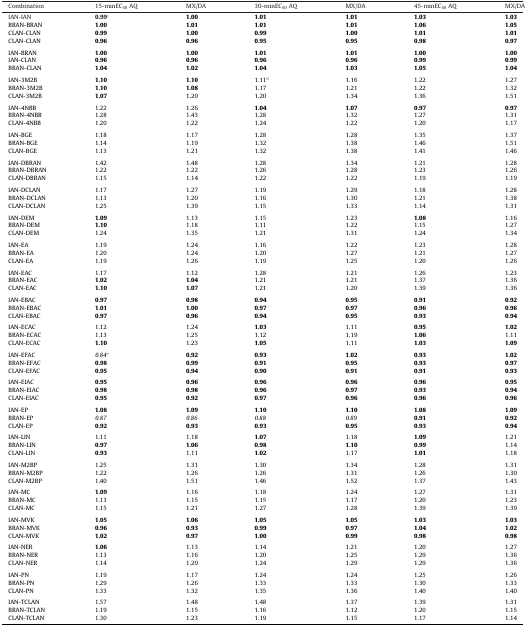
<table><thead><tr><td><b>Combination</b></td><td><b>15-minEC<sub>50</sub> AQ</b></td><td><b>MX/DA</b></td><td><b>30-minEC<sub>50</sub> AQ</b></td><td><b>MX/DA</b></td><td><b>45-minEC<sub>50</sub> AQ</b></td><td><b>MX/DA</b></td></tr></thead><tbody><tr><td>IAN-IAN</td><td><b>0.99</b>c</td><td><b>1.00</b></td><td><b>1.01</b></td><td><b>1.01</b></td><td><b>1.03</b></td><td><b>1.03</b></td></tr><tr><td>BRAN-BRAN</td><td><b>1.00</b></td><td><b>1.01</b></td><td><b>1.01</b></td><td><b>1.01</b></td><td><b>1.06</b></td><td><b>1.05</b></td></tr><tr><td>CLAN-CLAN</td><td><b>0.99</b></td><td><b>1.00</b></td><td><b>0.99</b></td><td><b>1.00</b></td><td><b>1.01</b></td><td><b>1.01</b></td></tr><tr><td>CLAN-CLAN</td><td><b>0.96</b></td><td><b>0.96</b></td><td><b>0.95</b></td><td><b>0.95</b></td><td><b>0.98</b></td><td><b>0.97</b></td></tr><tr><td colspan="7">  </td></tr><tr><td>IAN-BRAN</td><td><b>1.00</b></td><td><b>1.00</b></td><td><b>1.01</b></td><td><b>1.01</b></td><td><b>1.00</b></td><td><b>1.00</b></td></tr><tr><td>IAN-CLAN</td><td><b>0.96</b></td><td><b>0.96</b></td><td><b>0.96</b></td><td><b>0.96</b></td><td><b>0.99</b></td><td><b>0.99</b></td></tr><tr><td>BRAN-CLAN</td><td><b>1.04</b></td><td><b>1.02</b></td><td><b>1.04</b></td><td><b>1.03</b></td><td><b>1.05</b></td><td><b>1.04</b></td></tr><tr><td colspan="7">  </td></tr><tr><td>IAN-3M2B</td><td><b>1.10</b></td><td><b>1.10</b></td><td>1.11d</td><td>1.16</td><td>1.22</td><td>1.27</td></tr><tr><td>BRAN-3M2B</td><td><b>1.10</b></td><td><b>1.08</b></td><td>1.17</td><td>1.21</td><td>1.22</td><td>1.32</td></tr><tr><td>CLAN-3M2B</td><td><b>1.07</b></td><td>1.20</td><td>1.20</td><td>1.34</td><td>1.36</td><td>1.51</td></tr><tr><td colspan="7">  </td></tr><tr><td>IAN-4NBB</td><td>1.22</td><td>1.26</td><td><b>1.04</b></td><td><b>1.07</b></td><td><b>0.97</b></td><td><b>0.97</b></td></tr><tr><td>BRAN-4NBB</td><td>1.28</td><td>1.43</td><td>1.28</td><td>1.32</td><td>1.27</td><td>1.31</td></tr><tr><td>CLAN-4NBB</td><td>1.20</td><td>1.22</td><td>1.24</td><td>1.22</td><td>1.20</td><td>1.17</td></tr><tr><td colspan="7">  </td></tr><tr><td>IAN-BGE</td><td>1.18</td><td>1.17</td><td>1.28</td><td>1.28</td><td>1.35</td><td>1.37</td></tr><tr><td>BRAN-BGE</td><td>1.14</td><td>1.19</td><td>1.32</td><td>1.38</td><td>1.46</td><td>1.51</td></tr><tr><td>CLAN-BGE</td><td>1.13</td><td>1.21</td><td>1.32</td><td>1.38</td><td>1.41</td><td>1.46</td></tr><tr><td colspan="7">  </td></tr><tr><td>IAN-DBRAN</td><td>1.42</td><td>1.48</td><td>1.28</td><td>1.34</td><td>1.21</td><td>1.28</td></tr><tr><td>BRAN-DBRAN</td><td>1.22</td><td>1.22</td><td>1.26</td><td>1.28</td><td>1.23</td><td>1.26</td></tr><tr><td>CLAN-DBRAN</td><td>1.15</td><td>1.14</td><td>1.22</td><td>1.22</td><td>1.19</td><td>1.19</td></tr><tr><td colspan="7">  </td></tr><tr><td>IAN-DCLAN</td><td>1.17</td><td>1.27</td><td>1.19</td><td>1.29</td><td>1.18</td><td>1.28</td></tr><tr><td>BRAN-DCLAN</td><td>1.13</td><td>1.20</td><td>1.16</td><td>1.30</td><td>1.21</td><td>1.38</td></tr><tr><td>CLAN-DCLAN</td><td>1.25</td><td>1.39</td><td>1.15</td><td>1.33</td><td>1.14</td><td>1.31</td></tr><tr><td colspan="7">  </td></tr><tr><td>IAN-DEM</td><td><b>1.09</b></td><td>1.13</td><td>1.15</td><td>1.23</td><td><b>1.08</b></td><td>1.16</td></tr><tr><td>BRAN-DEM</td><td><b>1.10</b></td><td>1.18</td><td>1.11</td><td>1.22</td><td>1.15</td><td>1.27</td></tr><tr><td>CLAN-DEM</td><td>1.24</td><td>1.35</td><td>1.21</td><td>1.31</td><td>1.24</td><td>1.34</td></tr><tr><td colspan="7">  </td></tr><tr><td>IAN-EA</td><td>1.19</td><td>1.24</td><td>1.16</td><td>1.22</td><td>1.23</td><td>1.28</td></tr><tr><td>BRAN-EA</td><td>1.20</td><td>1.24</td><td>1.20</td><td>1.27</td><td>1.21</td><td>1.27</td></tr><tr><td>CLAN-EA</td><td>1.19</td><td>1.26</td><td>1.19</td><td>1.25</td><td>1.20</td><td>1.26</td></tr><tr><td colspan="7">  </td></tr><tr><td>IAN-EAC</td><td>1.17</td><td>1.12</td><td>1.28</td><td>1.21</td><td>1.26</td><td>1.23</td></tr><tr><td>BRAN-EAC</td><td><b>1.02</b></td><td><b>1.04</b></td><td>1.21</td><td>1.21</td><td>1.37</td><td>1.36</td></tr><tr><td>CLAN-EAC</td><td><b>1.10</b></td><td><b>1.07</b></td><td>1.21</td><td>1.20</td><td>1.39</td><td>1.36</td></tr><tr><td colspan="7">  </td></tr><tr><td>IAN-EBAC</td><td><b>0.97</b></td><td><b>0.98</b></td><td><b>0.94</b></td><td><b>0.95</b></td><td><b>0.91</b></td><td><b>0.92</b></td></tr><tr><td>BRAN-EBAC</td><td><b>1.01</b></td><td><b>1.00</b></td><td><b>0.97</b></td><td><b>0.97</b></td><td><b>0.96</b></td><td><b>0.96</b></td></tr><tr><td>CLAN-EBAC</td><td><b>0.97</b></td><td><b>0.96</b></td><td><b>0.94</b></td><td><b>0.95</b></td><td><b>0.93</b></td><td><b>0.94</b></td></tr><tr><td colspan="7">  </td></tr><tr><td>IAN-ECAC</td><td>1.12</td><td>1.24</td><td><b>1.03</b></td><td>1.11</td><td><b>0.95</b></td><td><b>1.02</b></td></tr><tr><td>BRAN-ECAC</td><td>1.13</td><td>1.25</td><td>1.12</td><td>1.19</td><td><b>1.06</b></td><td>1.11</td></tr><tr><td>CLAN-ECAC</td><td><b>1.10</b></td><td>1.23</td><td><b>1.05</b></td><td>1.11</td><td><b>1.03</b></td><td><b>1.09</b></td></tr><tr><td colspan="7">  </td></tr><tr><td>IAN-EFAC</td><td><i>0.84</i>e</td><td><b>0.92</b></td><td><b>0.93</b></td><td><b>1.02</b></td><td><b>0.93</b></td><td><b>1.02</b></td></tr><tr><td>BRAN-EFAC</td><td><b>0.98</b></td><td><b>0.99</b></td><td><b>0.91</b></td><td><b>0.95</b></td><td><b>0.93</b></td><td><b>0.97</b></td></tr><tr><td>CLAN-EFAC</td><td><b>0.95</b></td><td><b>0.94</b></td><td><b>0.90</b></td><td><b>0.91</b></td><td><b>0.91</b></td><td><b>0.93</b></td></tr><tr><td colspan="7">  </td></tr><tr><td>IAN-EIAC</td><td><b>0.95</b></td><td><b>0.96</b></td><td><b>0.96</b></td><td><b>0.96</b></td><td><b>0.96</b></td><td><b>0.95</b></td></tr><tr><td>BRAN-EIAC</td><td><b>0.98</b></td><td><b>0.98</b></td><td><b>0.96</b></td><td><b>0.97</b></td><td><b>0.93</b></td><td><b>0.94</b></td></tr><tr><td>CLAN-EIAC</td><td><b>0.95</b></td><td><b>0.92</b></td><td><b>0.97</b></td><td><b>0.96</b></td><td><b>0.96</b></td><td><b>0.96</b></td></tr><tr><td colspan="7">  </td></tr><tr><td>IAN-EP</td><td><b>1.08</b></td><td><b>1.09</b></td><td><b>1.10</b></td><td><b>1.10</b></td><td><b>1.08</b></td><td><b>1.09</b></td></tr><tr><td>BRAN-EP</td><td><i>0.87</i></td><td><i>0.86</i></td><td><i>0.88</i></td><td><i>0.89</i></td><td><b>0.91</b></td><td><b>0.92</b></td></tr><tr><td>CLAN-EP</td><td><b>0.92</b></td><td><b>0.93</b></td><td><b>0.93</b></td><td><b>0.95</b></td><td><b>0.93</b></td><td><b>0.94</b></td></tr><tr><td colspan="7">  </td></tr><tr><td>IAN-LIN</td><td>1.11</td><td>1.18</td><td><b>1.07</b></td><td>1.18</td><td><b>1.09</b></td><td>1.21</td></tr><tr><td>BRAN-LIN</td><td><b>0.97</b></td><td><b>1.06</b></td><td><b>0.98</b></td><td><b>1.10</b></td><td><b>0.99</b></td><td>1.14</td></tr><tr><td>CLAN-LIN</td><td><b>0.93</b></td><td>1.11</td><td><b>1.02</b></td><td>1.17</td><td><b>1.01</b></td><td>1.18</td></tr><tr><td colspan="7">  </td></tr><tr><td>IAN-M2BP</td><td>1.25</td><td>1.31</td><td>1.30</td><td>1.34</td><td>1.28</td><td>1.31</td></tr><tr><td>BRAN-M2BP</td><td>1.22</td><td>1.26</td><td>1.26</td><td>1.31</td><td>1.26</td><td>1.30</td></tr><tr><td>CLAN-M2BP</td><td>1.40</td><td>1.51</td><td>1.46</td><td>1.52</td><td>1.37</td><td>1.43</td></tr><tr><td colspan="7">  </td></tr><tr><td>IAN-MC</td><td><b>1.09</b></td><td>1.16</td><td>1.18</td><td>1.24</td><td>1.27</td><td>1.31</td></tr><tr><td>BRAN-MC</td><td>1.13</td><td>1.15</td><td>1.15</td><td>1.17</td><td>1.20</td><td>1.23</td></tr><tr><td>CLAN-MC</td><td>1.15</td><td>1.21</td><td>1.27</td><td>1.28</td><td>1.39</td><td>1.39</td></tr><tr><td colspan="7">  </td></tr><tr><td>IAN-MVK</td><td><b>1.05</b></td><td><b>1.06</b></td><td><b>1.05</b></td><td><b>1.05</b></td><td><b>1.03</b></td><td><b>1.03</b></td></tr><tr><td>BRAN-MVK</td><td><b>0.96</b></td><td><b>0.93</b></td><td><b>0.99</b></td><td><b>0.97</b></td><td><b>1.04</b></td><td><b>1.02</b></td></tr><tr><td>CLAN-MVK</td><td><b>1.02</b></td><td><b>0.97</b></td><td><b>1.00</b></td><td><b>0.99</b></td><td><b>0.98</b></td><td><b>0.98</b></td></tr><tr><td colspan="7">  </td></tr><tr><td>IAN-NER</td><td><b>1.06</b></td><td>1.13</td><td>1.14</td><td>1.21</td><td>1.20</td><td>1.27</td></tr><tr><td>BRAN-NER</td><td>1.13</td><td>1.16</td><td>1.20</td><td>1.25</td><td>1.29</td><td>1.36</td></tr><tr><td>CLAN-NER</td><td>1.14</td><td>1.20</td><td>1.24</td><td>1.29</td><td>1.29</td><td>1.36</td></tr><tr><td colspan="7">  </td></tr><tr><td>IAN-PN</td><td>1.19</td><td>1.17</td><td>1.24</td><td>1.24</td><td>1.25</td><td>1.26</td></tr><tr><td>BRAN-PN</td><td>1.29</td><td>1.26</td><td>1.33</td><td>1.33</td><td>1.30</td><td>1.33</td></tr><tr><td>CLAN-PN</td><td>1.33</td><td>1.32</td><td>1.35</td><td>1.36</td><td>1.40</td><td>1.40</td></tr><tr><td colspan="7">  </td></tr><tr><td>IAN-TCLAN</td><td>1.57</td><td>1.48</td><td>1.48</td><td>1.37</td><td>1.39</td><td>1.31</td></tr><tr><td>BRAN-TCLAN</td><td>1.19</td><td>1.15</td><td>1.16</td><td>1.12</td><td>1.20</td><td>1.15</td></tr><tr><td>CLAN-TCLAN</td><td>1.30</td><td>1.23</td><td>1.19</td><td>1.15</td><td>1.17</td><td>1.14</td></tr></tbody></table>